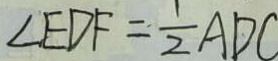
\angle E D F = \frac { 1 } { 2 } A D C